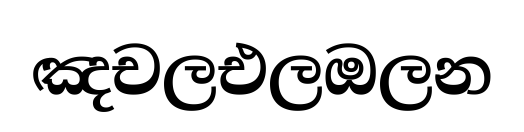
ඤචලඑලඔලන